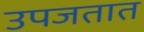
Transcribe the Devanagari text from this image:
उपजतात